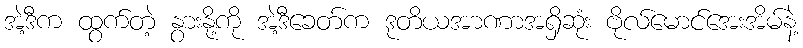
အဲ့ဒီက ထွက်တဲ့ နွားနို့ကို အဲ့ဒီခေတ်က ဒုတိယအာဏာအရှိဆုံး ဗိုလ်မောင်အေးအိမ်နဲ့